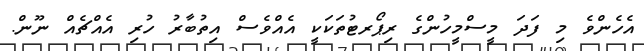
އެހެންވެ މި ފަދަ މީސްމީހުންގެ ރިޕޯރޓުތަކަކީ އެއްވެސް އިތުބާރު ހުރި އެއްޗެއް ނޫން.